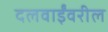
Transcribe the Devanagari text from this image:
दलवाईंवरील